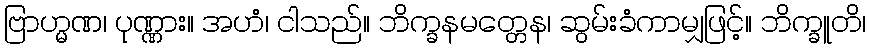
ဗြာဟ္မဏ၊ ပုဏ္ဏား။ အဟံ၊ ငါသည်။ ဘိက္ခနမတ္တေန၊ ဆွမ်းခံကာမျှဖြင့်။ ဘိက္ခူတိ၊